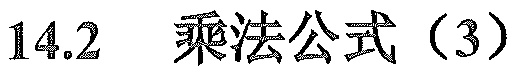
14.2 乘法公式（3）